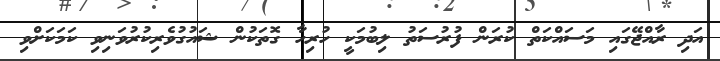
އަދި ރާއްޖޭގައި މަސައްކަތް ކުރަން ފުރުސަތު ލިބުމަކީ ހުރިހާ ގޮތަކުން ޝައުގުވެރިކުރުވަނިވި ކަމަކަށްވި